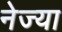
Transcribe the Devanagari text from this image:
नेज्या